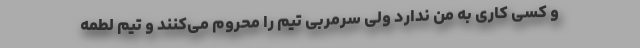
و کسی کاری به من ندارد ولی سرمربی تیم را محروم می‌کنند و تیم لطمه